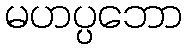
မဟပ္ပဘော